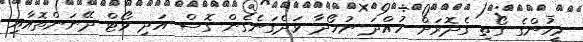
މީހުންގެ ގޯތި ގެދޮރަށް ހުއްދަ ނުހޯދާ ވަދެގަނެގެން ގޮސް އަދި ވޯޓް ދޭނަންތޮއާއި